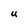
Character: U